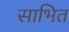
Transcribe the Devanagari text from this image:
साभित